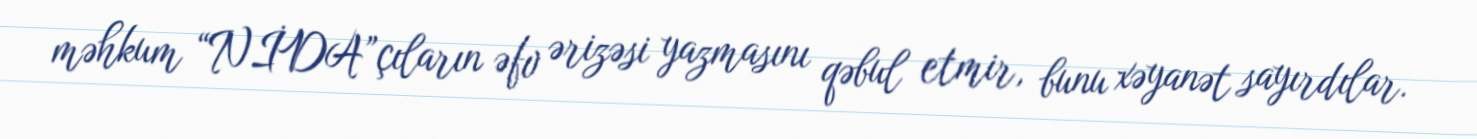
məhkum “NİDA”çıların əfv ərizəsi yazmasını qəbul etmir, bunu xəyanət sayırdılar.